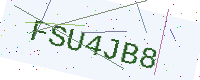
Text: FSU4JB8